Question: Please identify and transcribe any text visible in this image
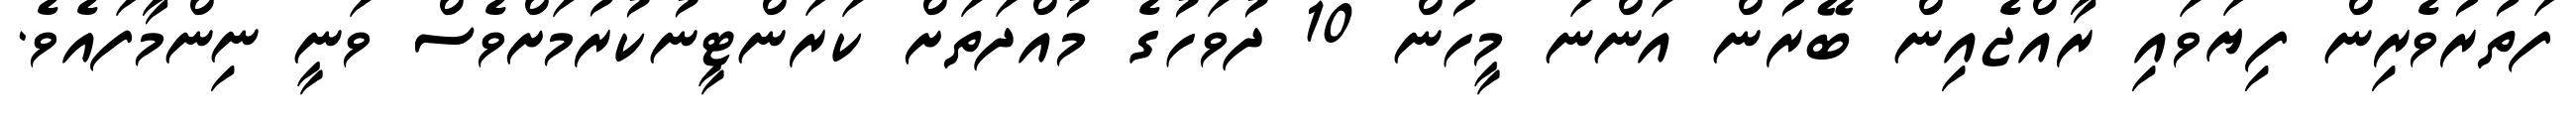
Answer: ފަތުރުވެރިން ފިޔަވައި ރާއްޖެއިން ބޭރުން އަންނަ މީހުން 10 ދުވަހުގެ މުއްދަތަށް ކަރަންޓީނުކުރުމަށްވެސް ވަނީ ނިންމާފައެވެ.